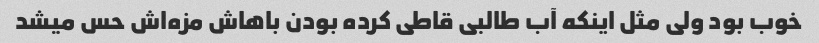
خوب بود ولی مثل اینکه آب طالبی قاطی کرده بودن باهاش مزه‌اش حس میشد